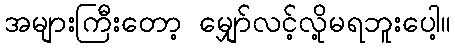
အများကြီးတော့ မျှော်လင့်လို့မရဘူးပေါ့။